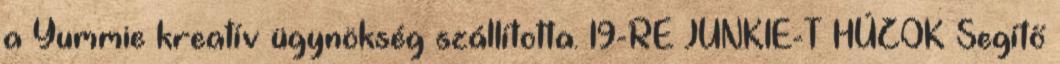
a Yummie kreatív ügynökség szállította. 19-RE JUNKIE-T HÚZOK Segítő